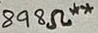
Text: 898Ω**